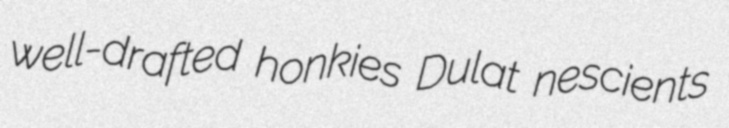
well-drafted honkies Dulat nescients